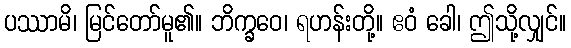
ပဿာမိ၊ မြင်တော်မူ၏။ ဘိက္ခဝေ၊ ရဟန်းတို့။ ဧဝံ ခေါ၊ ဤသို့လျှင်။